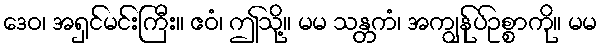
ဒေဝ၊ အရှင်မင်းကြီး။ ဧဝံ၊ ဤသို့။ မမ သန္တကံ၊ အကျွန်ုပ်ဥစ္စာကို။ မမ